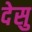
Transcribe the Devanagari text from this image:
देसु